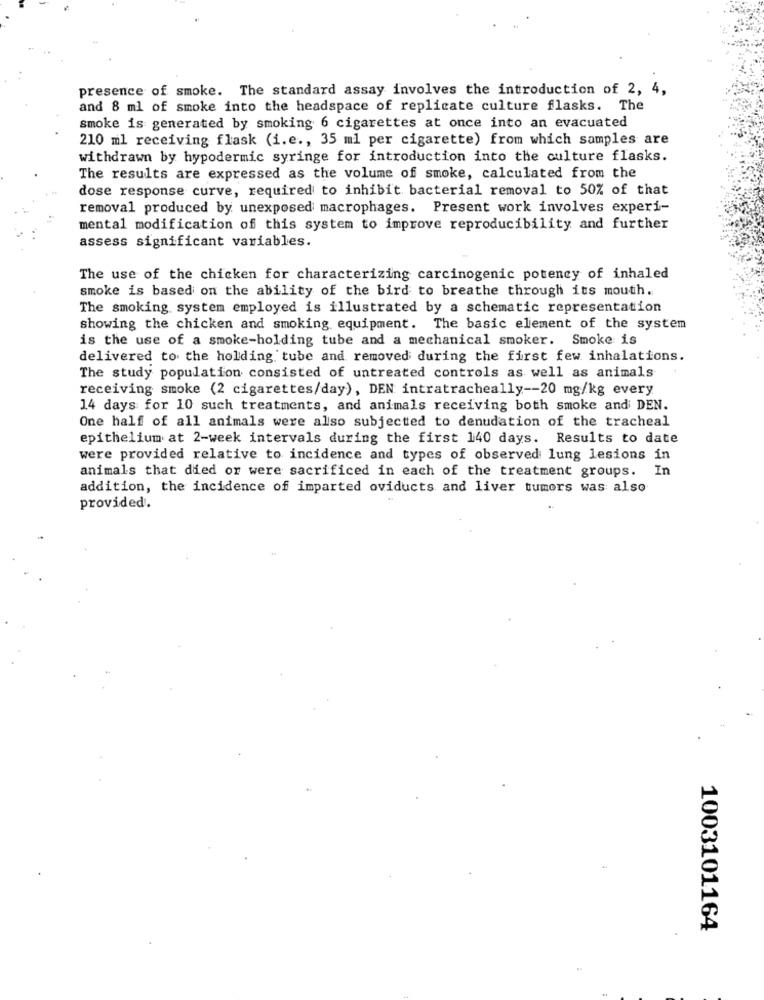
presence of smoke. The standard assay involves the introduction of 2, 4,
and 8 ml of smoke into the headspace of replicate culture flasks. The
smoke is generated by smoking 6 cigarettes at once into an evacuated
210 ml receiving flask (i.e ., 35 ml per cigarette) from which samples are
withdrawn by hypodermic syringe for introduction into the culture flasks.
The results are expressed as the volume of smoke, calculated from the
dose response curve, required to inhibit bacterial removal to 50% of that
removal produced by unexposed macrophages. Present work involves experi-
mental modification of this system to improve reproducibility and further
assess significant variables.
The use of the chicken for characterizing carcinogenic potency of inhaled
smoke is based on the ability of the bird to breathe through its mouth.
The smoking, system employed is illustrated by a schematic representation
showing the chicken and smoking equipment. The basic element of the system
is the use of a smoke-holding tube and a mechanical smoker. Smoke is
delivered to the holding tube and removed during the first few inhalations.
The study population consisted of untreated controls as well as animals
receiving smoke (2 cigarettes/day), DEN intratracheally -- 20 mg/kg every
14 days for 10 such treatments, and animals receiving both smoke and DEN.
One half of all animals were also subjected to denudation of the tracheal
epithelium at 2-week intervals during the first 140 days. Results to date
were provided relative to incidence and types of observed lung lesions in
animals that died or were sacrificed in each of the treatment groups. In
addition, the incidence of imparted oviducts and liver tumors was also
provided.
1003101164